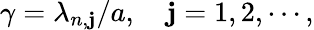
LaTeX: \gamma=\lambda_{n,\mathbf{j}}/a,\quad\mathbf{j}=1,2,\cdots,